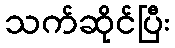
သက်ဆိုင်ပြီး